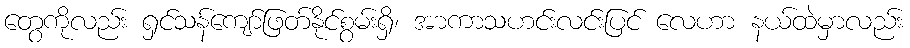
တွေကိုလည်း ရှင်သန်ကျော်ဖြတ်နိုင်စွမ်းရှိ၊ အာကာသဟင်းလင်းပြင် လေဟာ နယ်ထဲမှာလည်း